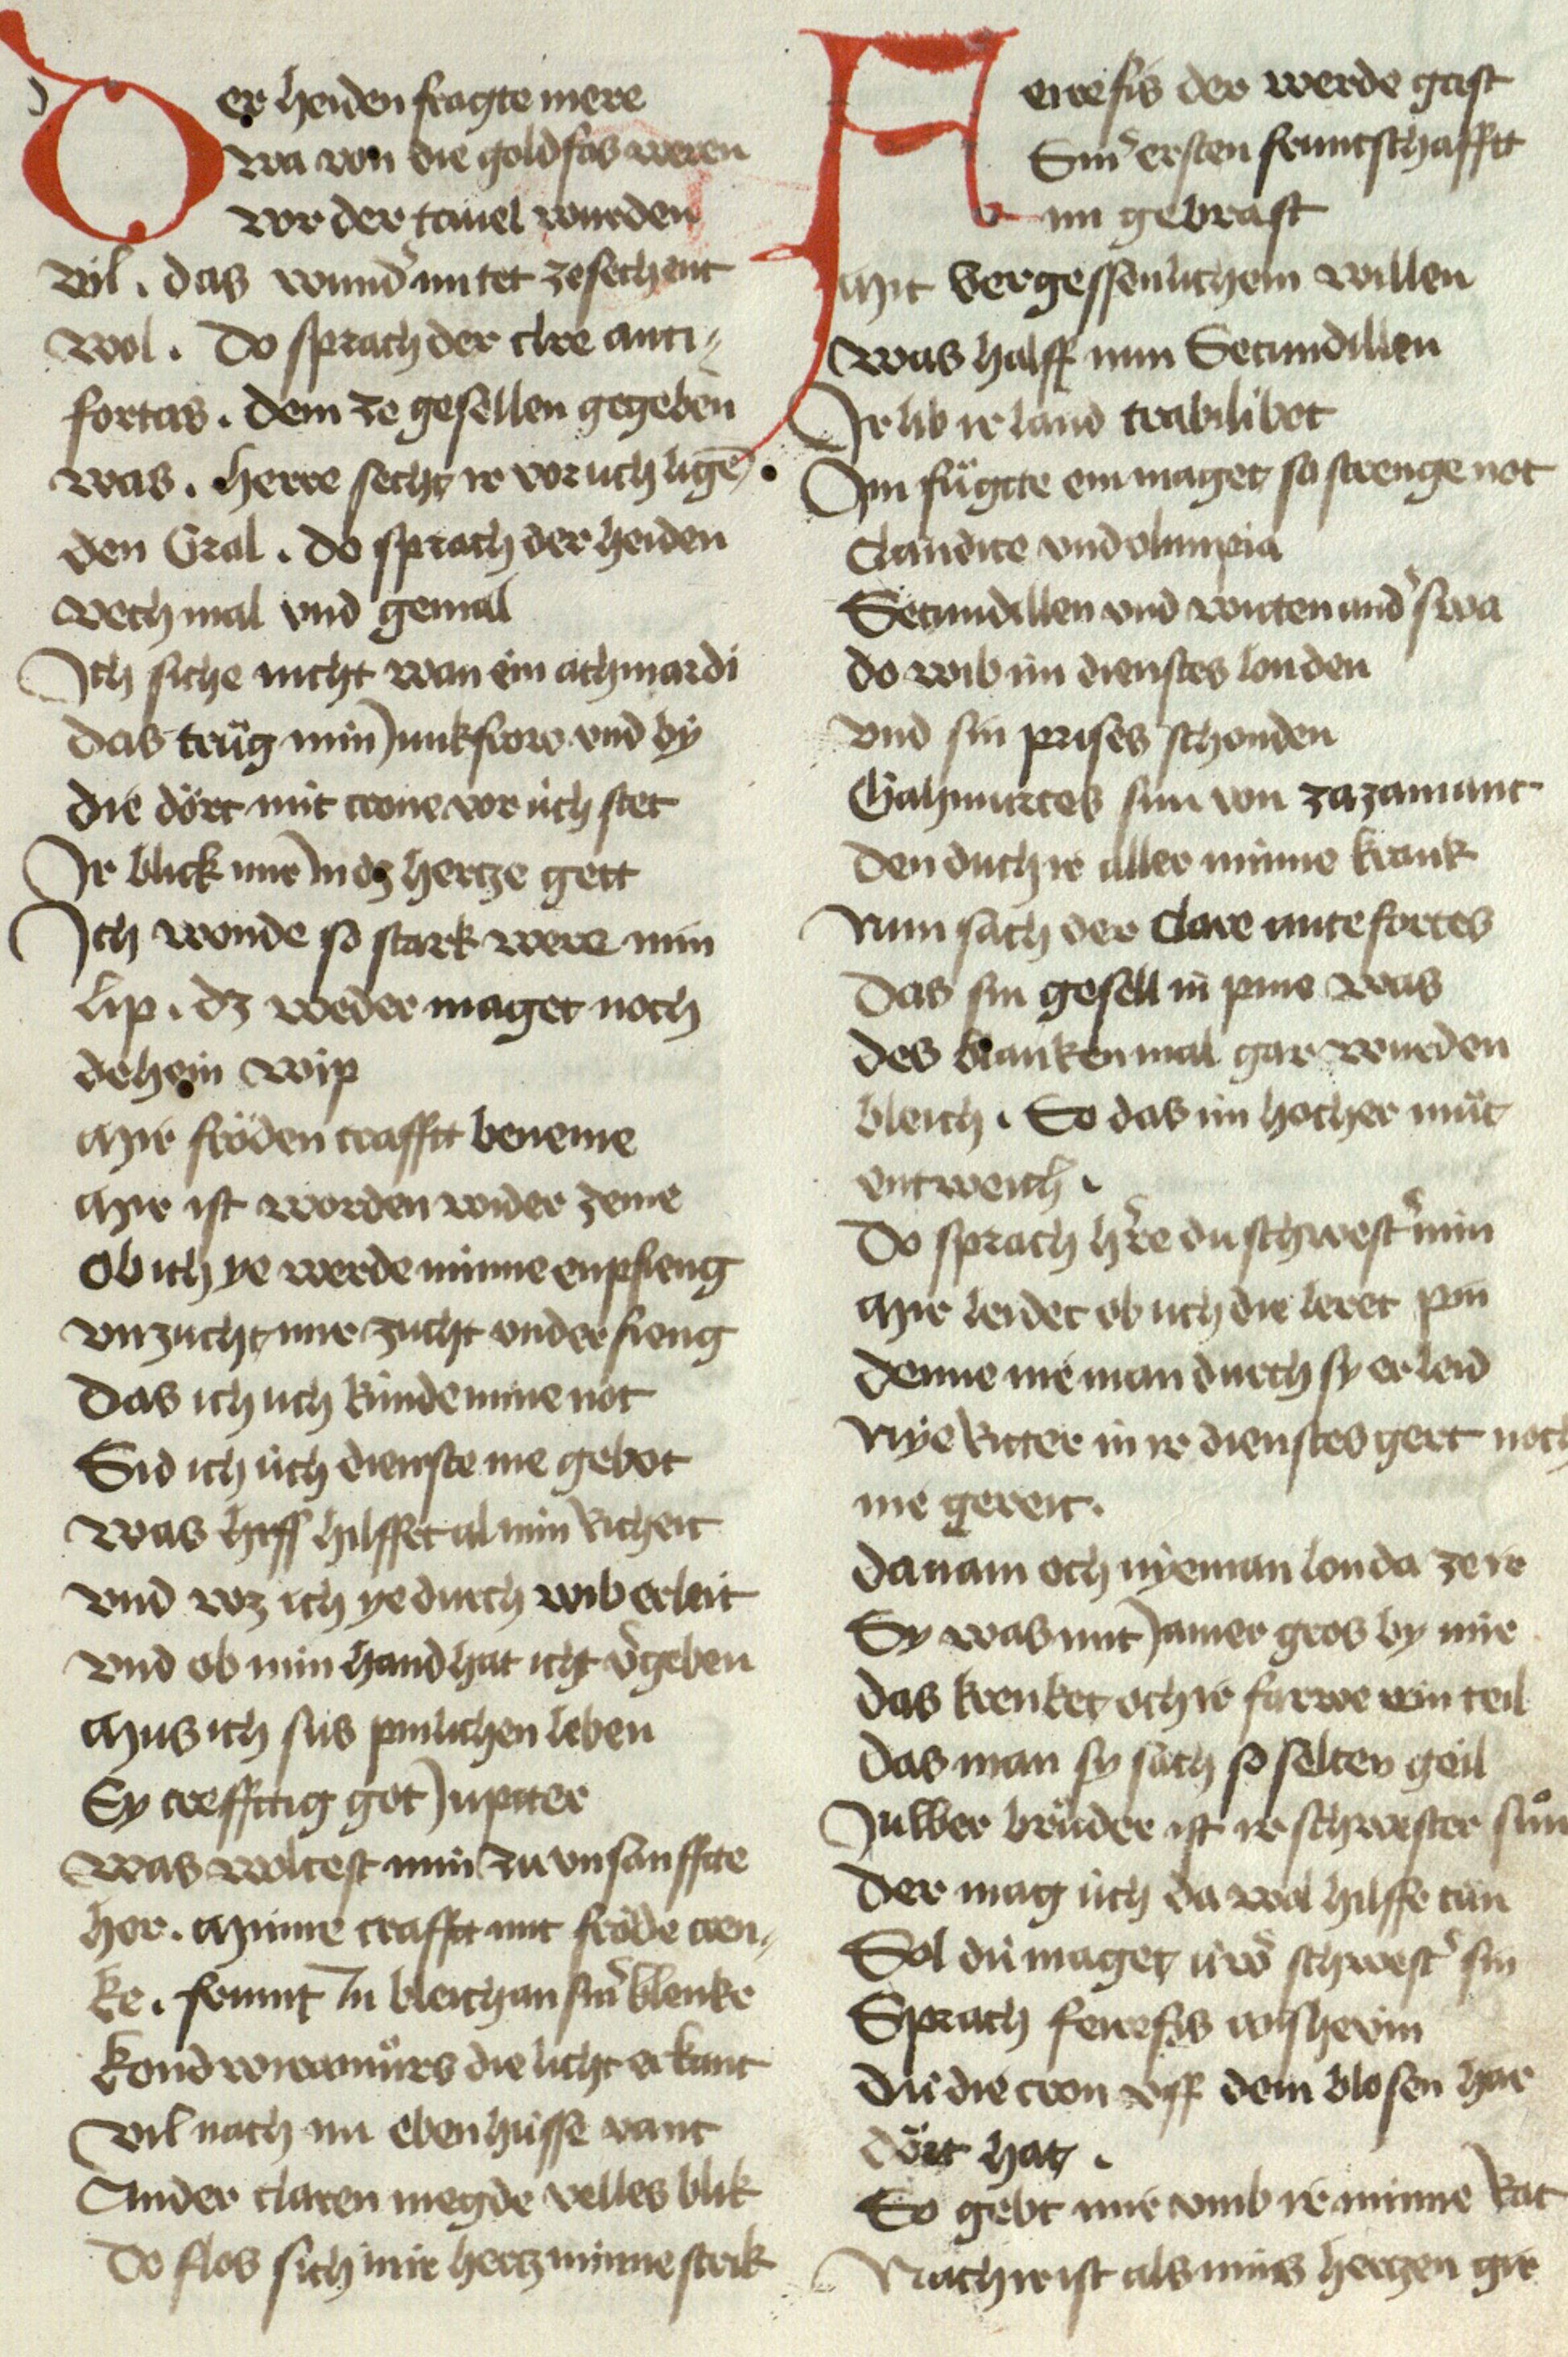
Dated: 1467–1467